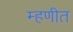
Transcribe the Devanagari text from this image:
म्हणीत